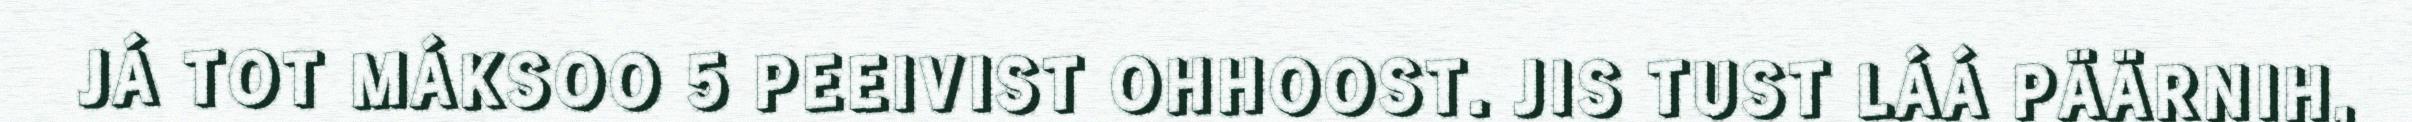
JÁ TOT MÁKSOO 5 PEEIVIST OHHOOST. JIS TUST LÁÁ PÄÄRNIH,